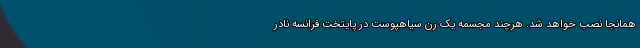
همانجا نصب خواهد شد. هرچند مجسمه یک زن سیاهپوست در پایتخت فرانسه نادر